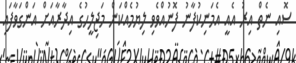
ސޮއި ނެތް އިރު އެއީ އެމަނިކުފާނު ފޮނުއްވެވި ލިޔުމެއްކަން މަޖިލީހުގެ އިދާރާއަށް އަންގަވާފައި